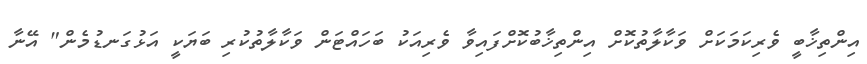
އިންތިޚާބީ ވެރިކަމަކަށް ވަކާލާތުކޮށް އިންތިޚާބުކޮށްފައިވާ ވެރިއަކު ބަހައްޓަން ވަކާލާތުކުރި ބަޔަކީ އަޅުގަނޑުމެން" އޭނާ